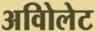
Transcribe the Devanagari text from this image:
अविोलेट